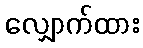
လျှောက်ထား